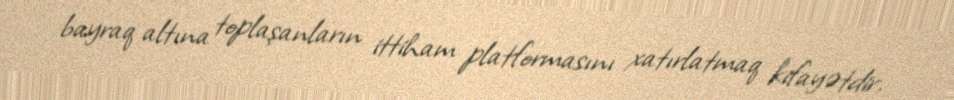
bayraq altına toplaşanların ittiham platformasını xatırlatmaq kifayətdir.